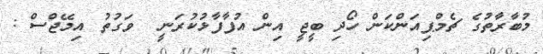
މުބާރާތުގެ ޗެމްޕިއަންކަން ހޯދި ބީޖީ އިން އުފާފާޅުކުރަނީ  ވަގުތު އިމޭޖްސް :